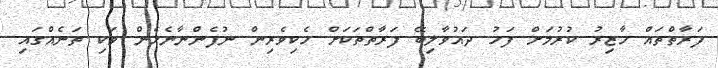
ފަރާތްތައް ހާޒިރު ކުރުމަށް ފަހު ދައުވާލިބޭ ފަރާތްތަކަށް ހެކިވެރިން ނުފެންނާނެހެން ވަކި ތަނެއްގައި